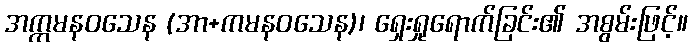
အက္ကမနဝသေန (အာ+ကမနဝသေန)၊ ရှေးရှုရောက်ခြင်း၏ အစွမ်းဖြင့်။